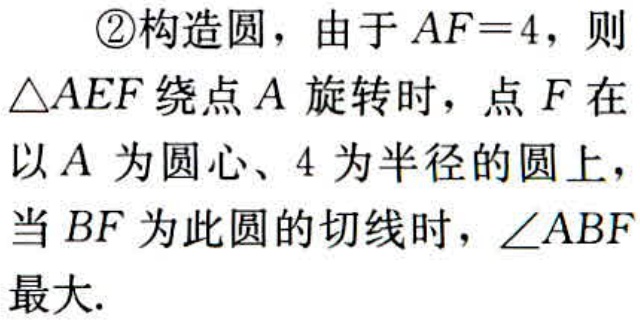
\textcircled{2}构造圆，由于\(AF = 4\)，则
\(\triangle AEF\)绕点\(A\)旋转时，点\(F\)在
以\(A\)为圆心、\(4\)为半径的圆上，
当\(BF\)为此圆的切线时，\(\angle ABF\)
最大.